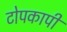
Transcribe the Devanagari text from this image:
टोपकापी